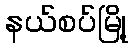
နယ်စပ်မြို့